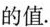
的值.